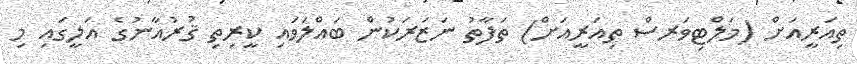
ތިއަރީއަށް (މަލްޓިވަރސް ތިއަރީއަށް) ތަފާތު ނަޒަރަކުން ބައްލަވައި ކީރިތި ޤުރުއާނުގެ އަލީގައި މި